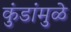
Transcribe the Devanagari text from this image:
कुंडांमुळे